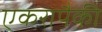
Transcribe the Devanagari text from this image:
एकरापैकी